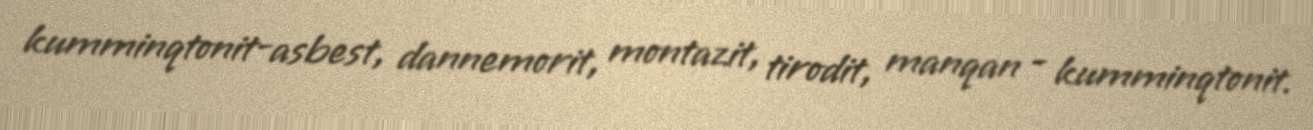
kumminqtonit-asbest, dannemorit, montazit, tirodit, manqan - kumminqtonit.